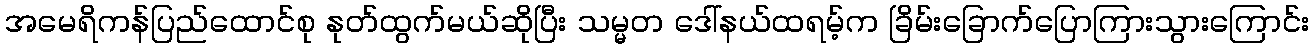
အမေရိကန်ပြည်ထောင်စု နုတ်ထွက်မယ်ဆိုပြီး သမ္မတ ဒေါ်နယ်ထရမ့်က ခြိမ်းခြောက်ပြောကြားသွားကြောင်း